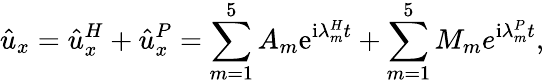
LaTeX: \hat{u}_{x}=\hat{u}_{x}^{H}+\hat{u}_{x}^{P}=\sum_{m=1}^{5}A_{m}\mathrm{e}^{\mathrm{i}\lambda_{m}^{H}t}+\sum_{m=1}^{5}M_{m}e^{\mathrm{i}\lambda_{m}^{P}t},